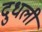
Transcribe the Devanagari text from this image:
दुधली